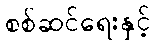
စစ်ဆင်ရေးနှင့်